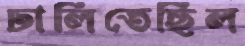
ঢালিতেছিল